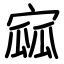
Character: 寙